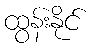
ထွန်းနိုင်